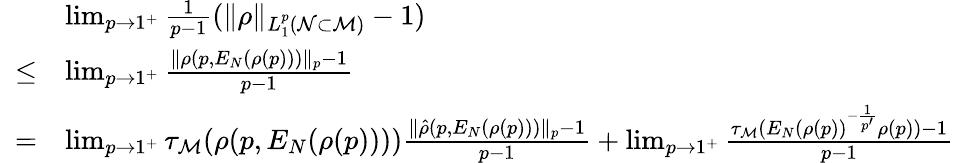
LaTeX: \begin{array}{rl}&{\operatorname*{lim}_{p\to 1^{+}}\frac{1}{p-1}(\| \rho\| _{L_{1}^{p}({\mathcal N}\subset{\mathcal M})}-1)}\\ {\ \le}&{\operatorname*{lim}_{p\to 1^{+}}\frac{\| \rho(p,E_{N}(\rho(p)))\| _{p}-1}{p-1}}\\ {=}&{\operatorname*{lim}_{p\to 1^{+}}\tau_{\mathcal M}(\rho(p,E_{N}(\rho(p))))\frac{\| \hat{\rho}(p,E_{N}(\rho(p)))\| _{p}-1}{p-1}+\operatorname*{lim}_{p\to 1^{+}}\frac{\tau_{\mathcal M}(E_{N}(\rho(p))^{-\frac{1}{p^{\prime}}}\rho(p))-1}{p-1}}\end{array}